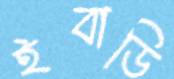
ইবাডি